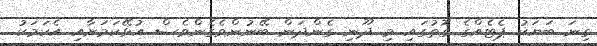
ގިނަ ބަޔަކު ޕެޓެއްގެ ގޮތުގައި މި ދޫނި ގެންދަން ބޭނުންވެގެންވެސް އުޅޭކަމަށާއި އެކަމަކު